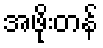
အဖိုးတန်